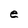
Character: e